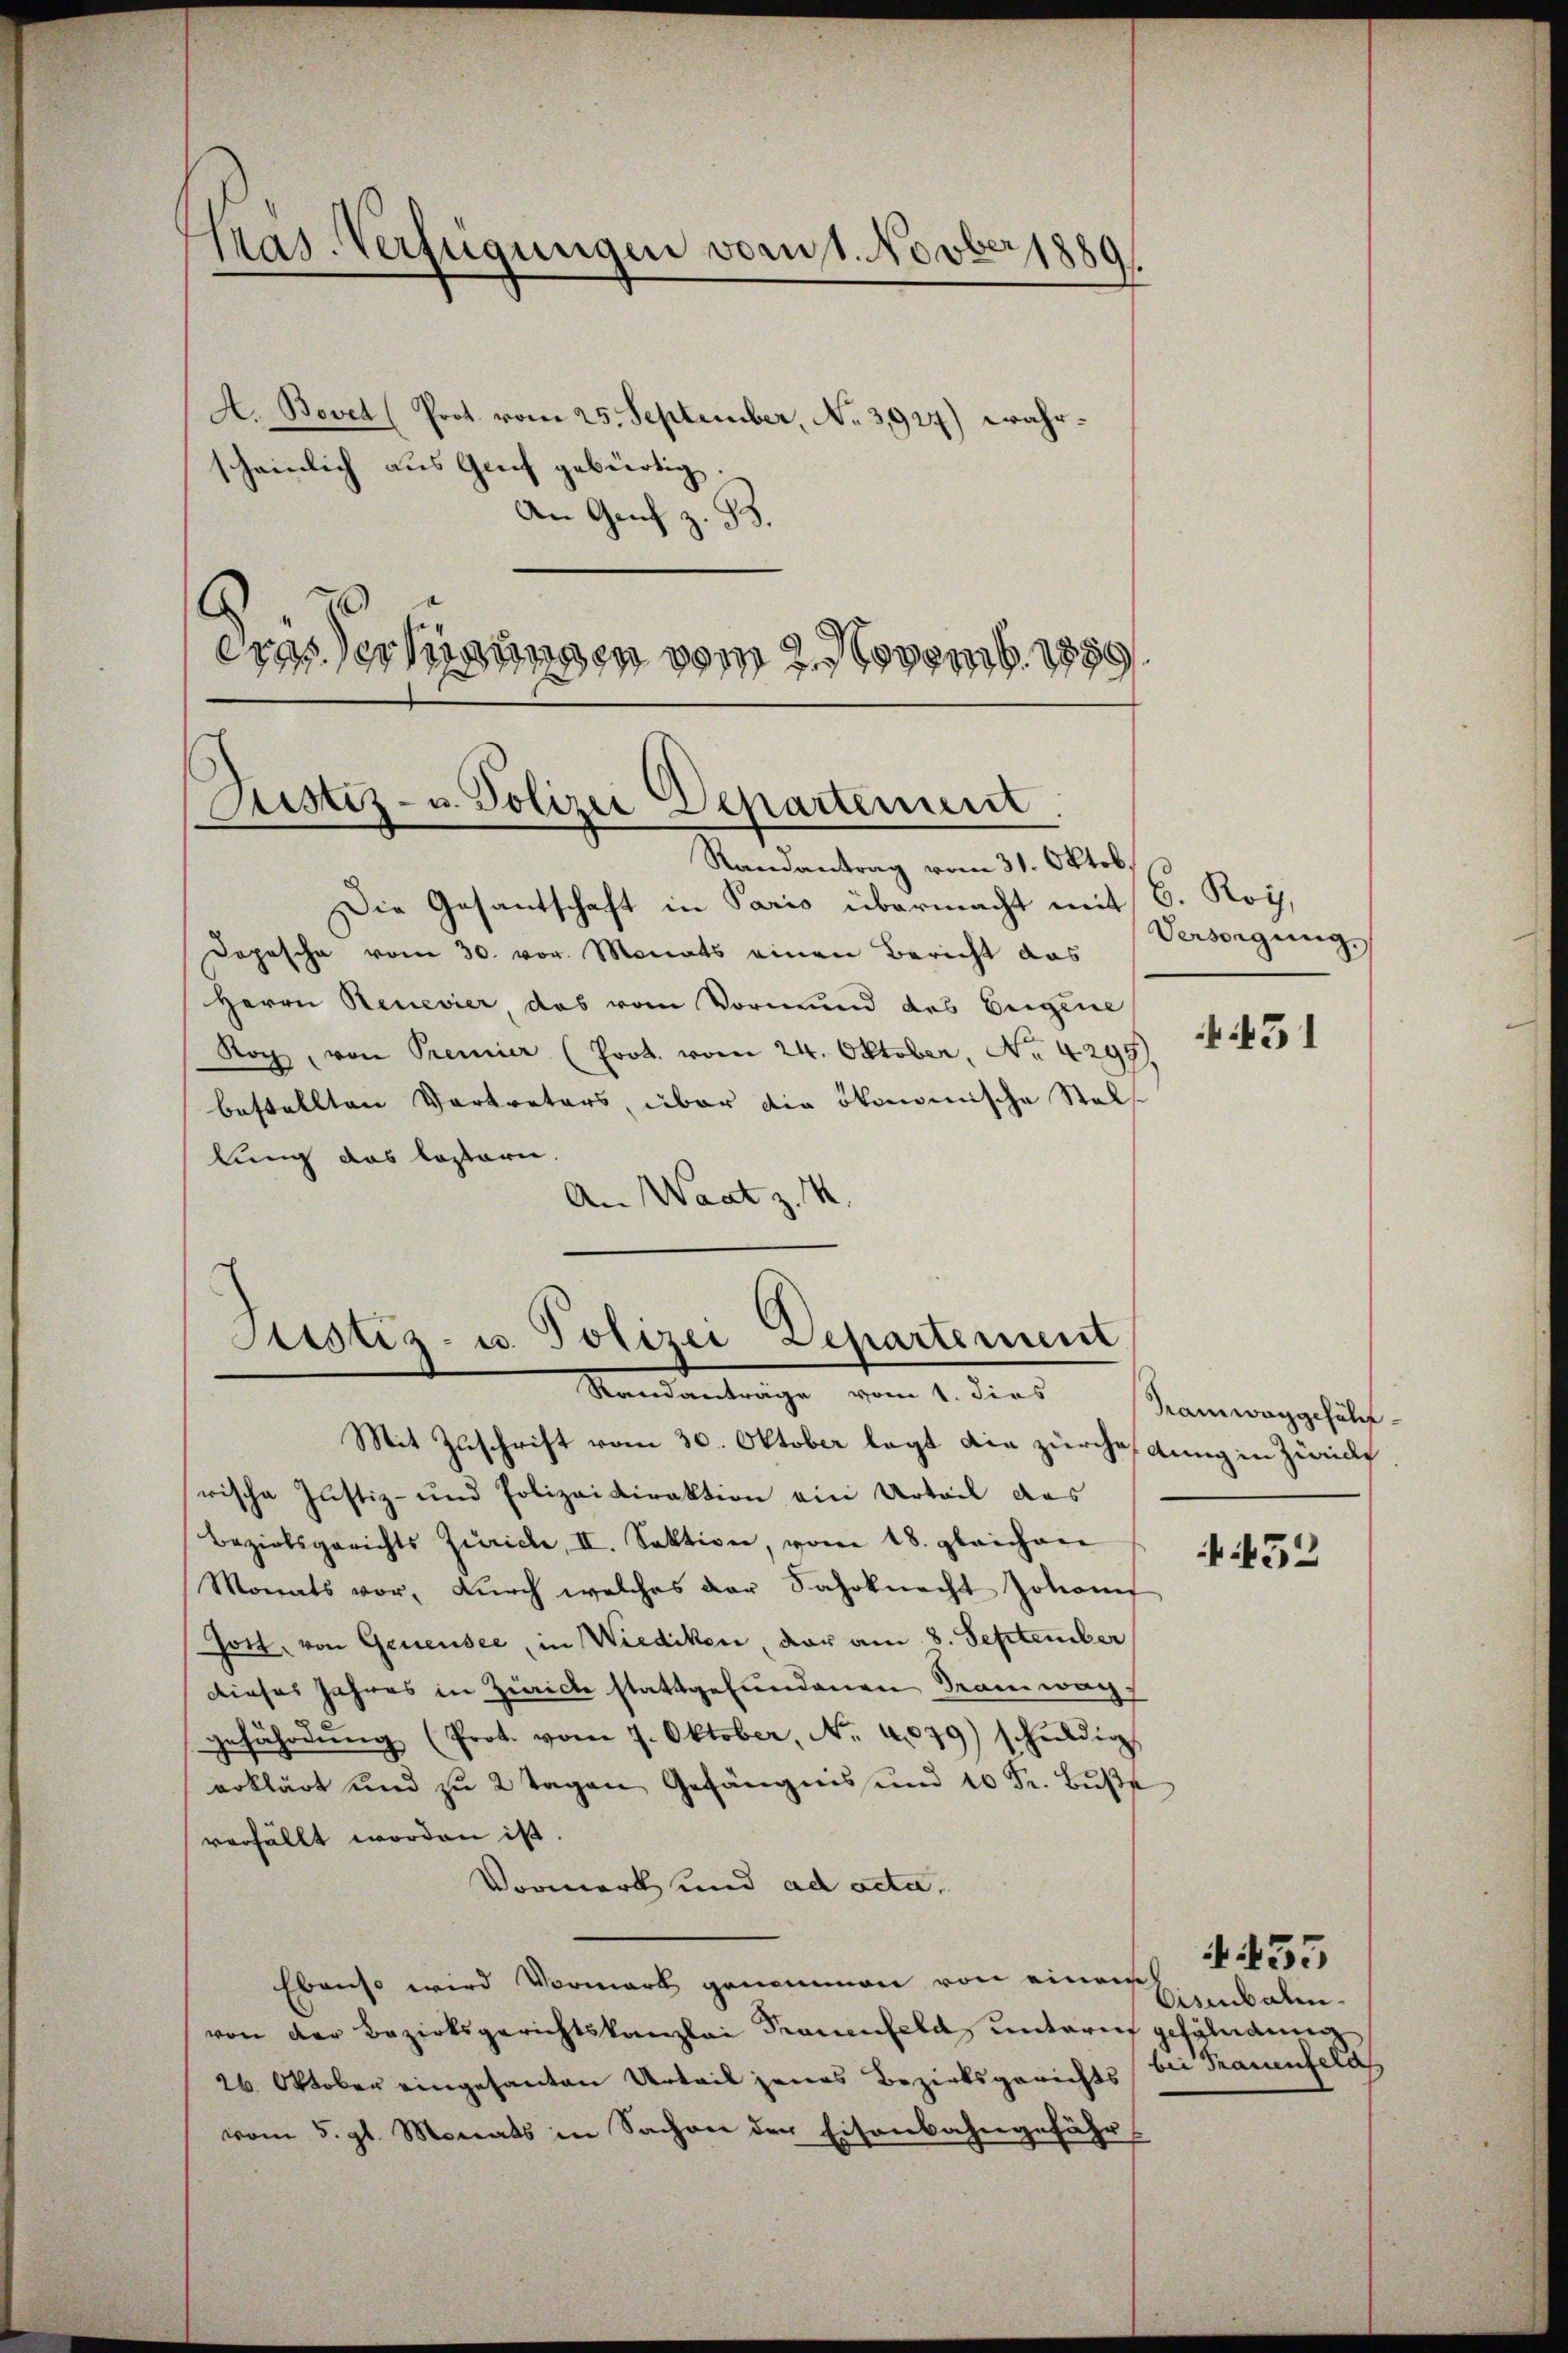
l
ptas. Verfügungen vom 1. Novber 1889/

A. Bovet (Prot. vom 25. September, No 3,927) wahrscheinlich aus Genf gebürtig.
An Genf z. B.
eras der hinungen vom 2. Novemb. 1889.

Justiz- u. Polizei Departement

Sistiz- u. Polizei Departement
Standanträge vom 1. dies
Mit Zuschrift vom 30. Oktober legt die zürcheidung in Zürich

Randantrag vom 31. Oktob.
Die Gesantschaft in Paris übermacht mit
Dopesche vom 30. vor. Monats einen Bericht das
Herrn Benevier, das vom Vormund des Eigene
Roy, von Premier (Prot. vom 24. Oktober, No 4295)
bestellten Vertreters, über die ökonomische Stel
lung das losteri
An Waatz. 4.

b. Roi,
Versorgung.

rische Justiz- und Polizeidirektion ein Urteil das
Bezirksgerichts Zürich, II. Sektion, vom 18. gleichen
Monats vor, dŭrch welches der Fahrknecht Johannf
Jott, von Genensee, in Wiediken, der am 8. September
dieses Jahres in Zürich stattgefundenen Tramwag.
gefährdŭng (Prot. vom 7. Oktober, No. 4079) schuldig
erklärt und zu 2 Tagen Gefängnis und 10 Fr. Bŭβe
verfällt worden ist.
Vormerk und ad acta,
Ebenso wird Vormark genommen von einem
von der Bezirksgerichtskanzlei Frauenfeld, untern gefändung
26. Oktober eingesanten Urteil jenes Bezirksgerichts (bei Trauenfeld
vom 5. gl. Monats in Sachen der Eisenbahngefähr

451

Tramwaggefähr¬

432

Eismbalm¬

435